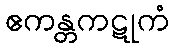
ဧကန္တကဋုကံ